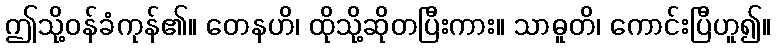
ဤသို့ဝန်ခံကုန်၏။ တေနဟိ၊ ထိုသို့ဆိုတပြီးကား။ သာဓူတိ၊ ကောင်းပြီဟူ၍။